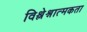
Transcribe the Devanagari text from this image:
विश्लेश्नात्मकता